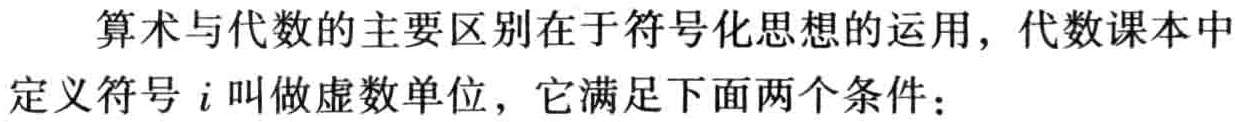
算术与代数的主要区别在于符号化思想的运用，代数课本中定义符号 \(i\) 叫做虚数单位，它满足下面两个条件：